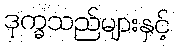
ဒုက္ခသည်များနှင့်